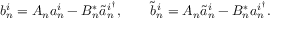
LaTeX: b _ { n } ^ { i } = A _ { n } a _ { n } ^ { i } - B _ { n } ^ { * } \tilde { a } _ { n } ^ { i ^ { \dagger } } , \qquad \tilde { b } _ { n } ^ { i } = A _ { n } \tilde { a } _ { n } ^ { i } - B _ { n } ^ { * } a _ { n } ^ { i ^ { \dagger } } .